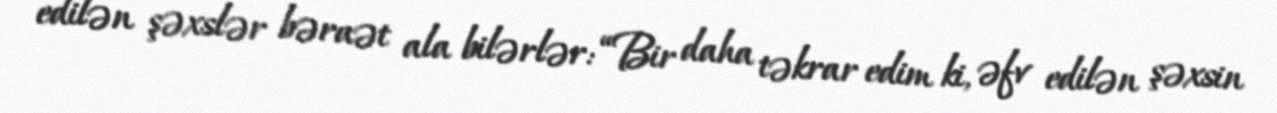
edilən şəxslər bəraət ala bilərlər: “Bir daha təkrar edim ki, əfv edilən şəxsin